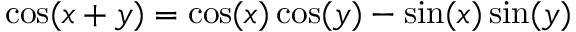
\cos ( x + y ) = \cos ( x ) \cos ( y ) - \sin ( x ) \sin ( y )